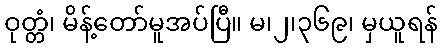
ဝုတ္တံ၊ မိန့်တော်မူအပ်ပြီ။ မ၊၂၊၃၆၉၊ မှယူရန်